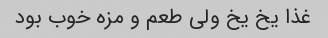
غذا یخ یخ ولی طعم و مزه خوب بود